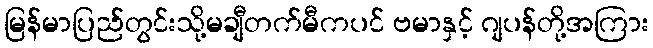
မြန်မာပြည်တွင်းသို့မချီတက်မီကပင် ဗမာနှင့် ဂျပန်တို့အကြား